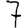
Digit: 7